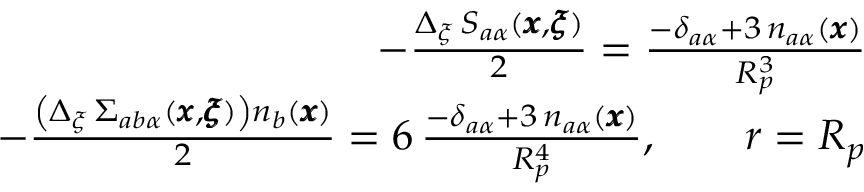
\begin{array} { r l r } & { } & { - \frac { { \Delta _ { \xi } \, S _ { a \alpha } ( { \pmb x } , { \pmb \xi } ) } } { 2 } = \frac { - \delta _ { a \alpha } + 3 \, n _ { a \alpha } ( { \pmb x } ) } { R _ { p } ^ { 3 } } } \\ & { } & { - \frac { \left( \Delta _ { \xi } \, \Sigma _ { a b \alpha } ( { \pmb x } , { \pmb \xi } ) \right) n _ { b } ( { \pmb x } ) } { 2 } = 6 \, \frac { - \delta _ { a \alpha } + 3 \, n _ { a \alpha } ( { \pmb x } ) } { R _ { p } ^ { 4 } } , \qquad r = R _ { p } } \end{array}